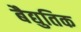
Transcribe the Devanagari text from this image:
बैद्युतिक